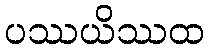
ပဿယိဿထ